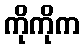
ကိုကိုက